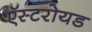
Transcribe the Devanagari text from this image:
ऍस्टरोयड